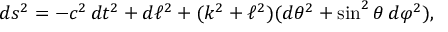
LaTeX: d s ^ { 2 } = - c ^ { 2 } \, d t ^ { 2 } + d \ell ^ { 2 } + ( k ^ { 2 } + \ell ^ { 2 } ) ( d \theta ^ { 2 } + \sin ^ { 2 } \theta \, d \varphi ^ { 2 } ) ,